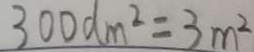
3 0 0 d m ^ { 2 } = 3 m ^ { 2 }